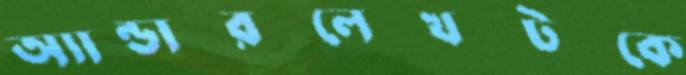
অ্যান্ডারলেখটকে